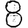
Digit: 8